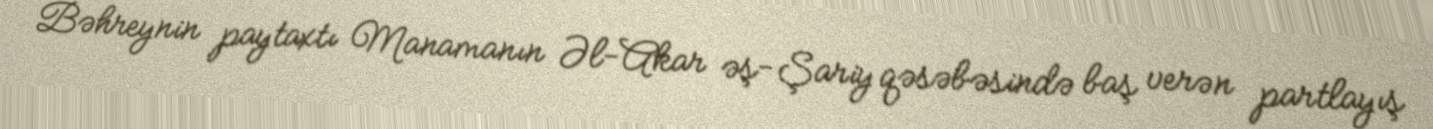
Bəhreynin paytaxtı Manamanın Əl-Akar əş-Şariy qəsəbəsində baş verən partlayış